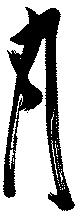
月